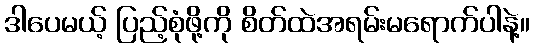
ဒါပေမယ့် ပြည့်စုံဖို့ကို စိတ်ထဲအရမ်းမရောက်ပါနဲ့။